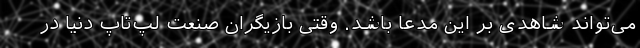
می‌تواند شاهدی بر این مدعا باشد. وقتی بازیگران صنعت لپ‌تاپ دنیا در